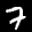
Label: 7